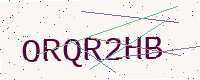
Text: ORQR2HB